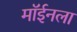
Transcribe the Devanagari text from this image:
मॉईनला